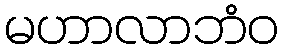
မဟာလာဘံဝ